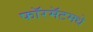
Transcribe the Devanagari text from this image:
फॉरमॅटमधे